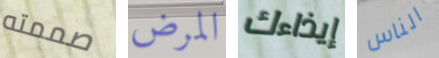
صممته المرض إيذاءك الناس